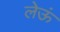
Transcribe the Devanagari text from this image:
लेऊं